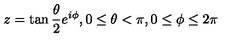
z = \tan \frac { \theta } { 2 } e ^ { i \phi } , 0 \leq \theta < \pi , 0 \leq \phi \leq 2 \pi